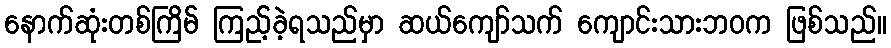
နောက်ဆုံးတစ်ကြိမ် ကြည့်ခဲ့ရသည်မှာ ဆယ်ကျော်သက် ကျောင်းသားဘဝက ဖြစ်သည်။